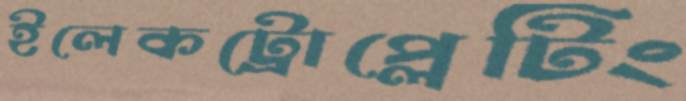
ইলেকট্রোপ্লেটিং